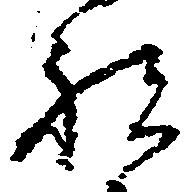
祝